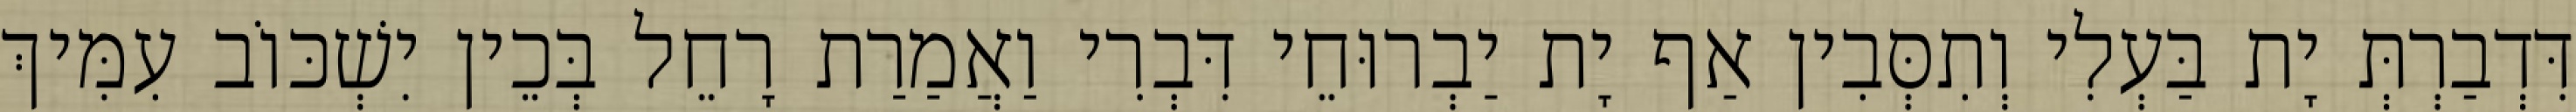
דִּדְבַרְתְּ יָת בַּעְלִי וְתִסְּבִין אַף יָת יַבְרוּחֵי דִּבְרִי וַאֲמַרַת רָחֵל בְּכֵין יִשְׁכּוֹב עִמִּיךְ